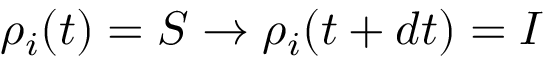
\rho _ { i } ( t ) = S \to \rho _ { i } ( t + d t ) = I